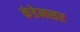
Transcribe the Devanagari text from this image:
कंडेनसर